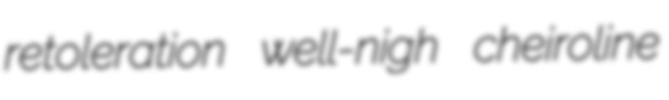
retoleration well-nigh cheiroline